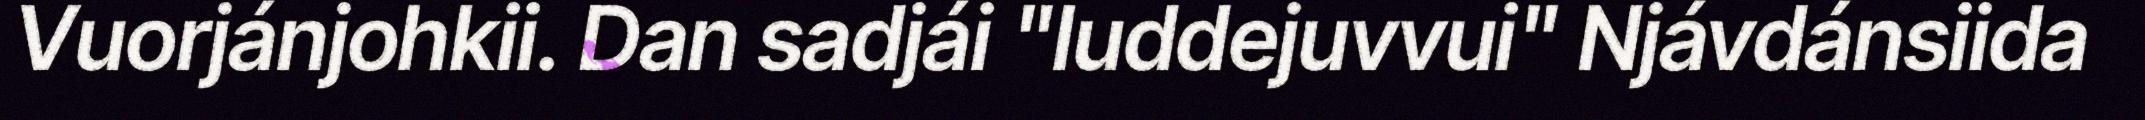
Vuorjánjohkii. Dan sadjái "luddejuvvui" Njávdánsiida